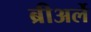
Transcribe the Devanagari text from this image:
ब्रीअर्ले